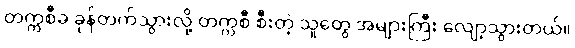
တက္ကစီခ ခုန်တက်သွားလို့ တက္ကစီ စီးတဲ့ သူတွေ အများကြီး လျော့သွားတယ်။